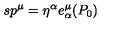
s p ^ { \mu } = \eta ^ { \alpha } e _ { \alpha } ^ { \mu } ( P _ { 0 } )